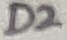
Text: D2